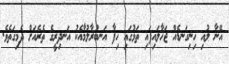
އޭނާ ލުއި ހިނިގަނޑެއް ޖަހާލައިފައި ތަޅުގައި ހިފާ އަނބުރާލުމާއެކު އަނދިރީގެ ތެރެއަށް ދެމިގަތެވެ.